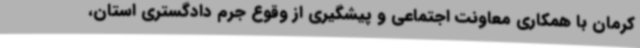
کرمان با همکاری معاونت اجتماعی و پیشگیری از وقوع جرم دادگستری استان،